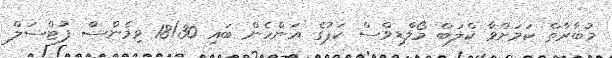
މުބާރާތް ކަމަށްވާ ކްލަބް މޯލްޑިވްސް ކަޕުގެ އަންހެން ބައި 18/30 ވިމެންސް ފުޓްސަލް